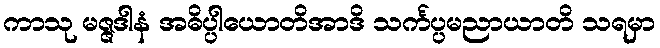
ကာသု မဇ္ဇဒါနံ အဓိပ္ပါယောတိအာဒိ သင်္ကပ္ပမညာယာတိ သရမှာ